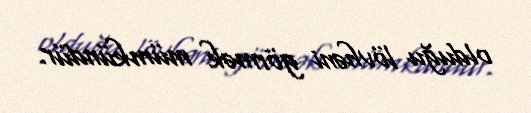
olduğu lövhəni görmək mümkündür.